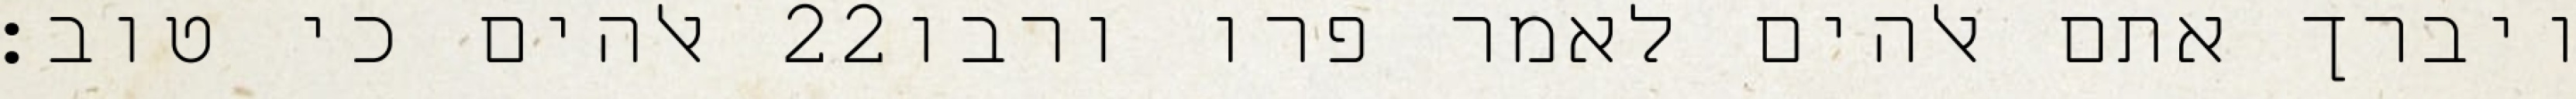
אלהים כי טוב׃ ‎22‏ ויברך אתם אלהים לאמר פרו ורבו